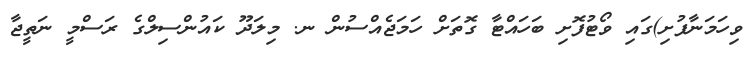
ވިހަމަނާފުށި)ގައި ވޯޓުފޮށި ބަހައްޓާ ގޮތަށް ހަމަޖެއްސުން ނ. މިލަދޫ ކައުންސިލްގެ ރަސްމީ ނަތީޖާ